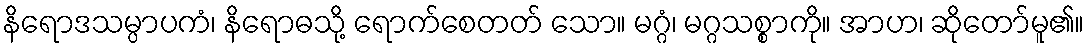
နိရောဒသမ္ပာပကံ၊ နိရောဓသို့ ရောက်စေတတ် သော။ မဂ္ဂံ၊ မဂ္ဂသစ္စာကို။ အာဟ၊ ဆိုတော်မူ၏။